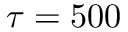
\tau = 5 0 0